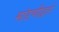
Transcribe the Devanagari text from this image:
मांडणीद्वारे